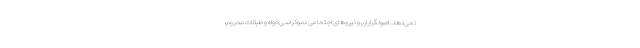
نمی‌دهد. اصولگرایان و نیروهای اجتماعی دموکراسی‌خواه و طبقات محروم،